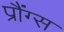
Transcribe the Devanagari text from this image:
प्रौंग्स